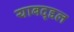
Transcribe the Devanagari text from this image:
याबद्द्दल